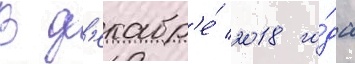
В д'екабр'е́ 2018 го́да